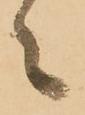
々